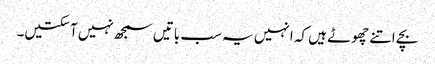
بچے اتنے چھوٹے ہیں کہ انہیں یہ سب باتیں سمجھ نہیں آ سکتیں۔